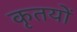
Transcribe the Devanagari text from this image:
कृतयों